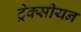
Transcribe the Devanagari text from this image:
ट्रेक्सीयन